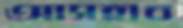
আসহাব